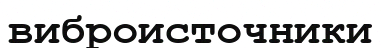
виброисточники